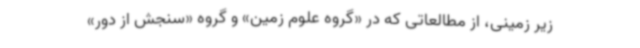
زیر زمینی، از مطالعاتی که در «گروه علوم زمین» و گروه «سنجش از دور»